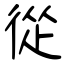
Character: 從